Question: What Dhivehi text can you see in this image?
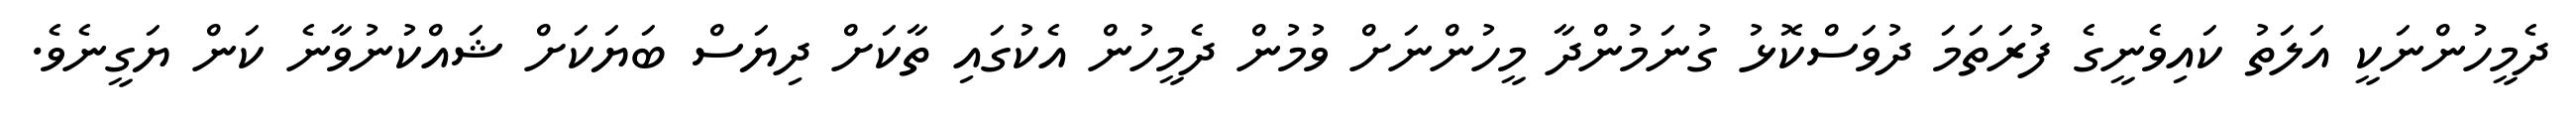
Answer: ދެމީހުންނަކީ އަލަތު ކައިވެނީގެ ފުރަތަމަ ދުވަސްކޮޅު ގުނަމުންދާ މީހުންނަށް ވުމުން ދެމީހުން އެކުގައި ތާކަށް ދިޔަސް ބަޔަކަށް ޝައްކުނުވާނެ ކަން ޔަގީނެވެ.